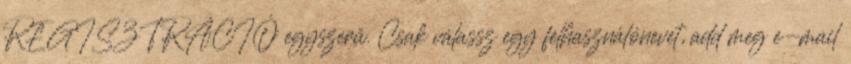
REGISZTRÁCIÓ egyszerű. Csak válassz egy felhasználónevet, add meg e-mail